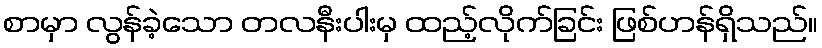
စာမှာ လွန်ခဲ့သော တလနီးပါးမှ ထည့်လိုက်ခြင်း ဖြစ်ဟန်ရှိသည်။